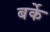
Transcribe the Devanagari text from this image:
बर्के